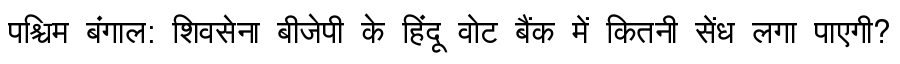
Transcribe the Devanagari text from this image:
पश्चिम बंगाल: शिवसेना बीजेपी के हिंदू वोट बैंक में कितनी सेंध लगा पाएगी?